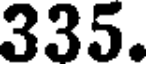
335.